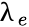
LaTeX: \uplambda_{e}